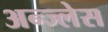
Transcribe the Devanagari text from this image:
अन्ज्लेस